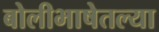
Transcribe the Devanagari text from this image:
बोलीभाषेतल्या